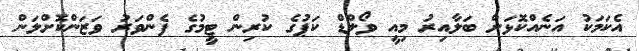
އެކަމަކު އަނެއްކޮޅަށް ބަލާއިރު މިއީ ވޯލްޑް ކަޕުގެ ކުރިން ޓީމުގެ ފެންވަރު ވަޒަންކޮށްލަން